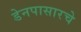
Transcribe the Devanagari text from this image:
डेनपासारचे